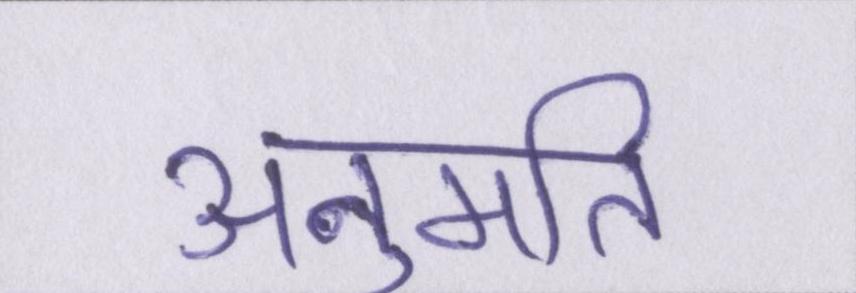
अनुमति